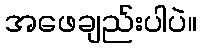
အဖေချည်းပါပဲ။